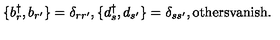
\{ b _ { r } ^ { \dagger } , b _ { r ^ { \prime } } \} = \delta _ { r r ^ { \prime } } , \{ d _ { s } ^ { \dagger } , d _ { s ^ { \prime } } \} = \delta _ { s s ^ { \prime } } , \mathrm { o t h e r s v a n i s h } .